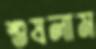
শুষলাম